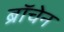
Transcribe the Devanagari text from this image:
ब्रॉचेन